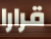
قرارا